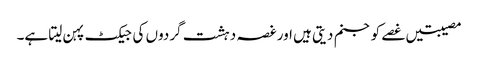
مصیبتیں غصے کو جنم دیتی ہیں اور غصہ دہشت گردوں کی جیکٹ پہن لیتا ہے۔